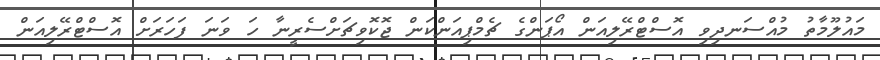
މައުލޫމާތު މުއްސަނދިވި އޮސްޓްރޭލިއަން އޯޕަންގެ ޗެމްޕިއަންކަން ޖޮކޮވިޗަށްސެރީނާ ހަ ވަނަ ފަހަރަށް އޮސްޓްރޭލިއަން